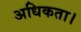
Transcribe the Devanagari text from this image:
अधिकता।